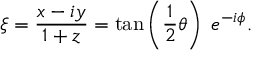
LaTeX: \xi = { \frac { x - i y } { 1 + z } } = \tan \left( { \frac { 1 } { 2 } } \theta \right) \; e ^ { - i \phi } .